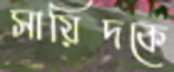
সায়িদকে